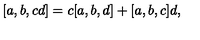
\lbrack a , b , c d ] = c [ a , b , d ] + [ a , b , c ] d ,